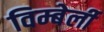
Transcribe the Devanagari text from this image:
विम्बेर्ली